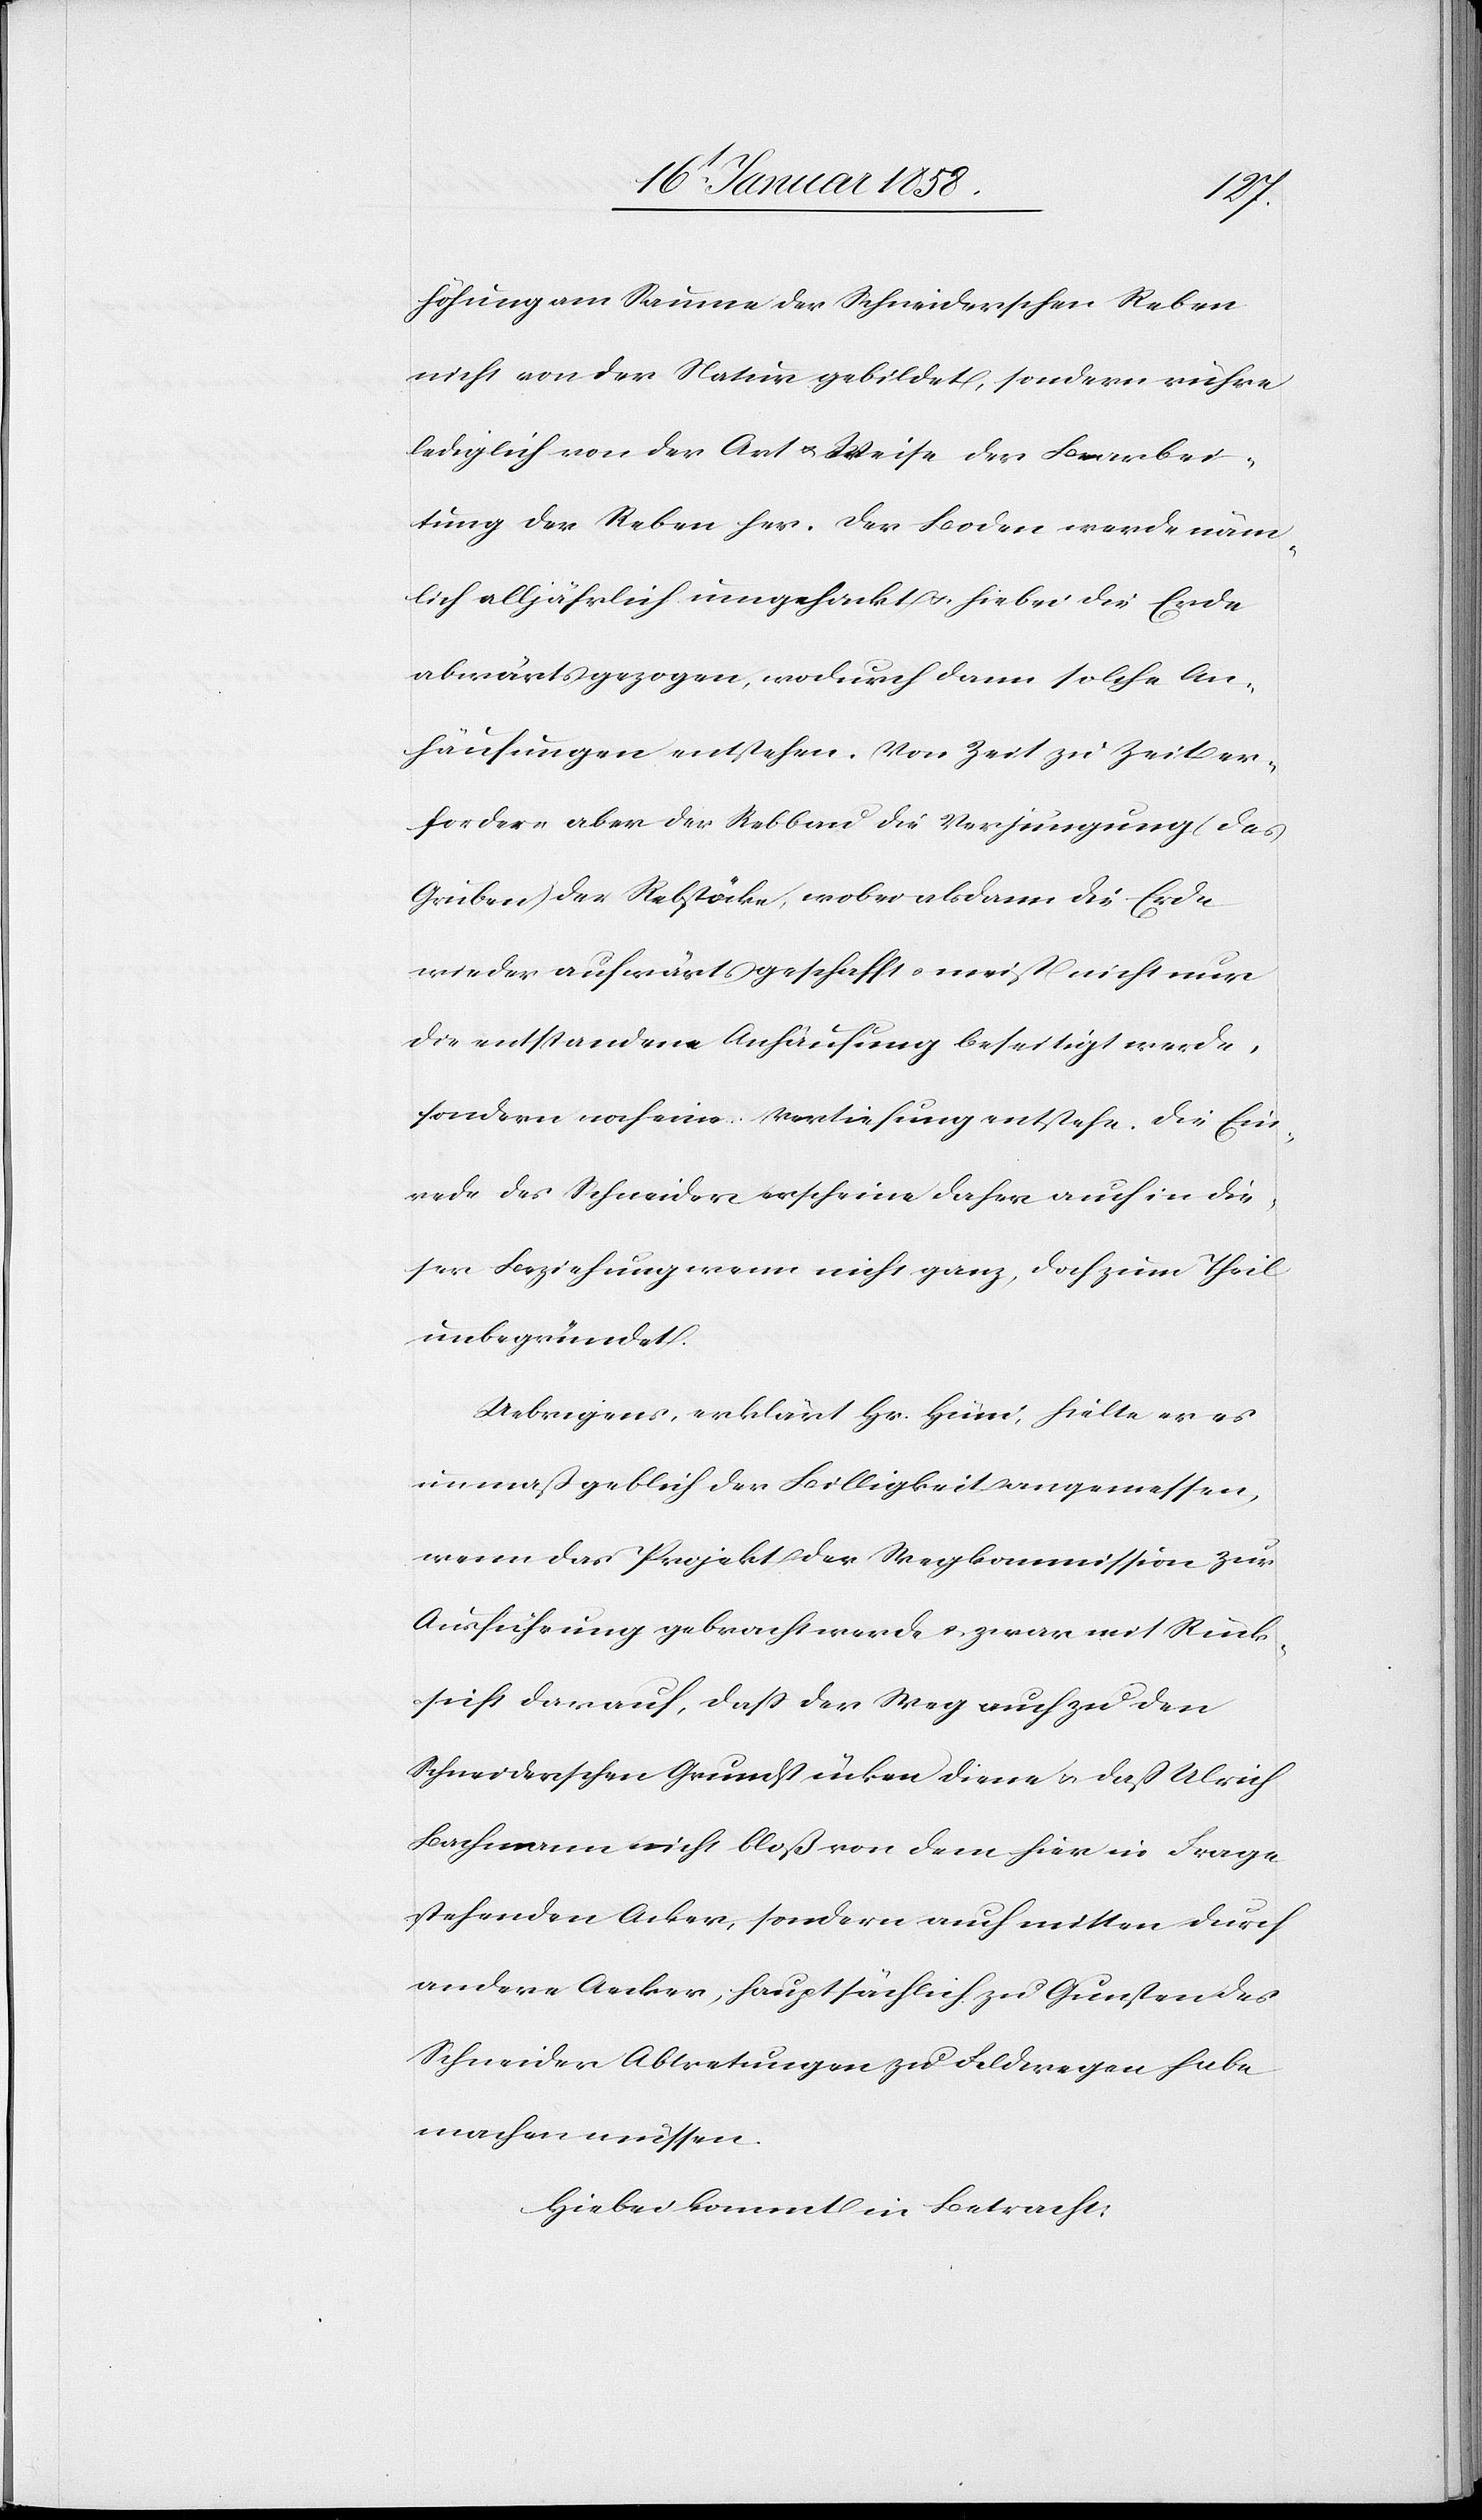
höhung am Saume der Schneiderschen Reben
nicht von der Natur gebildet, sondern rühre
lediglich von der Art u. Weise der Bearbei¬
tung der Reben her. Der Boden werde näm¬
lich alljährlich umgehackt u. hiebei die Erde
abwärts gezogen, wodurch dann solche An¬
häufungen entstehen. Von Zeit zu Zeit er¬
fordere aber der Rebbau die Verjungung (das
Gruben) der Rebstöcke, wobei alsdann die Erde
wieder aufwärts geschafft, meist nicht nur
die entstandene Anhäufung beseitigt werde,
sondern noch eine Vertiefung entstehe. Die Ein¬
rede des Schneider erscheine daher auch in die¬
ser Beziehung wenn nicht ganz, doch zum Theil
unbegründet.
Uebrigens, erklärt Hr. Hüni, hielte er es
unmaßgeblich der Billigkeit angemessen,
wenn das Projekt der Wegkommission zur
Ausführung gebracht werde u. zwar mit Rück¬
sicht darauf, daß der Weg auch zu den
Schneiderschen Grundstücken diene u. daß Ulrich
Bachmann nicht bloß von dem hier in Frage
stehenden Acker, sondern auch mitten durch
andere Aecker, hauptsächlich zu Gunsten des
Schneider Abtretungen zu Feldwegen habe
machen müssen.
Hiebei kommt in Betracht: